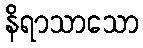
နိရာသာသော